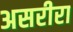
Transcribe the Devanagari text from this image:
असरीरा